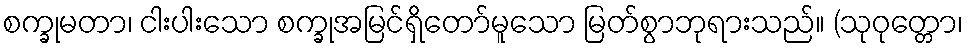
စက္ခုမတာ၊ ငါးပါးသော စက္ခုအမြင်ရှိတော်မူသော မြတ်စွာဘုရားသည်။ (သုဝုတ္တော၊